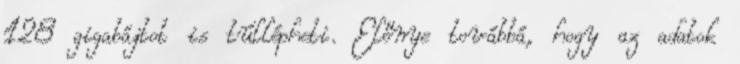
128 gigabájtot is túllépheti. Előnye továbbá, hogy az adatok